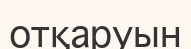
отқаруын